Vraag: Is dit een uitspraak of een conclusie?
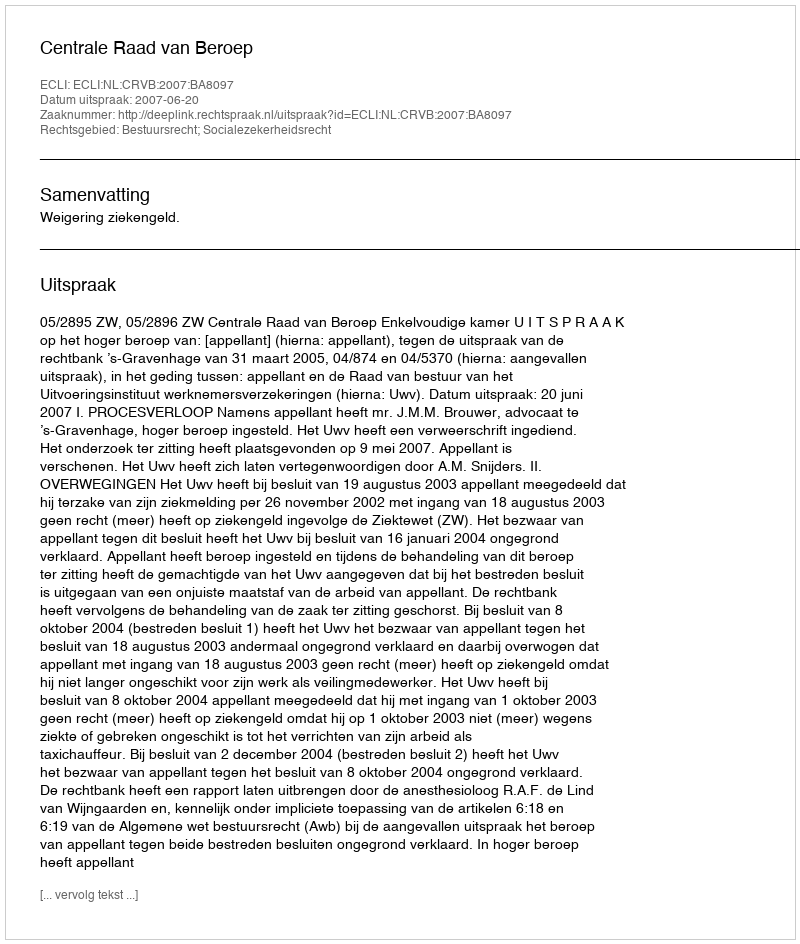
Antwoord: Uitspraak